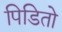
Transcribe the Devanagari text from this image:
पिडितो